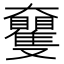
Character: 𡚠